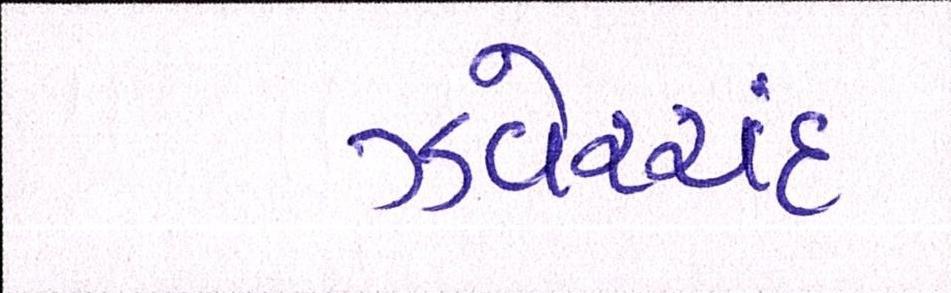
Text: ઝવેરચંદ